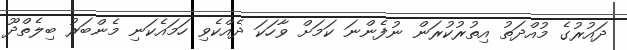
ދައުރުގެ މުއްދަތު އިތުރުކުރަން ނުފެންނަ ކަމަށް ވާހަކަ ދެއްކެވި ހަމައެކަނި މެންބަރު ބިލެތްދޫ